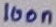
Text: 100n